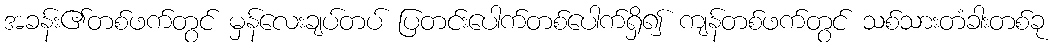
အခန်း၏တစ်ဖက်တွင် မှန်လေးချပ်တပ် ပြတင်းပေါက်တစ်ပေါက်ရှိ၍ ကျန်တစ်ဖက်တွင် သစ်သားတံခါးတစ်ခု